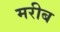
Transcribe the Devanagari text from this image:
मरीब